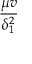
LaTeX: \frac { \mu v } { \delta _ { 1 } ^ { 2 } }